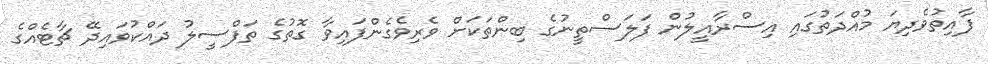
ފާއިތުވެދިޔަ މުއްދަތުގައި އިސްރާއީލުން ފަލަސްތީނުގެ ބިންތަކަށް ވެރިވެގެންފައިވާ ގޮތުގެ ތަފްސީލު ދައްކުވައިދޭ ޗާޓެއްގެ